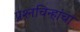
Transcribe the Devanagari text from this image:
प्रश्‍नचिन्हांचा